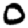
Digit: 0